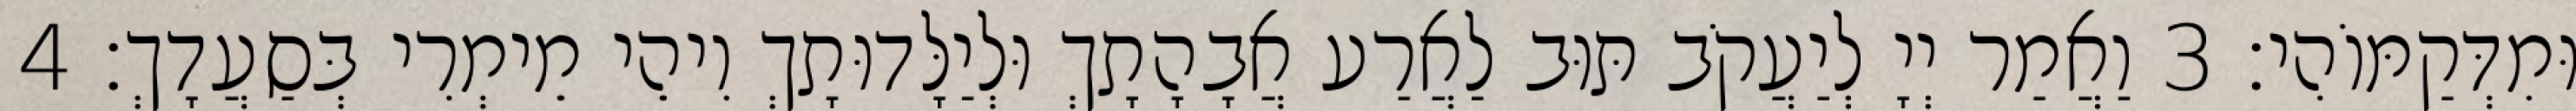
וּמִדְּקַמּוֹהִי׃ 3 וַאֲמַר יְיָ לְיַעֲקֹב תּוּב לַאֲרַע אֲבָהָתָךְ וּלְיַלָּדוּתָךְ וִיהֵי מֵימְרִי בְּסַעֲדָךְ׃ 4